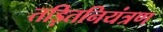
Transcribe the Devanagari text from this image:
तड़ितनियंत्रण